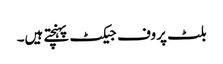
بلٹ پروف جیکٹ پہنچتے ہیں۔